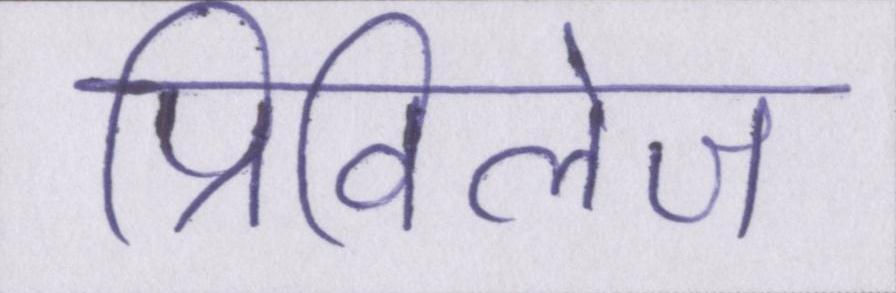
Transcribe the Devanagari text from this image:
प्रिविलेज